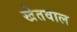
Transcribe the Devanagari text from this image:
खेतवाल